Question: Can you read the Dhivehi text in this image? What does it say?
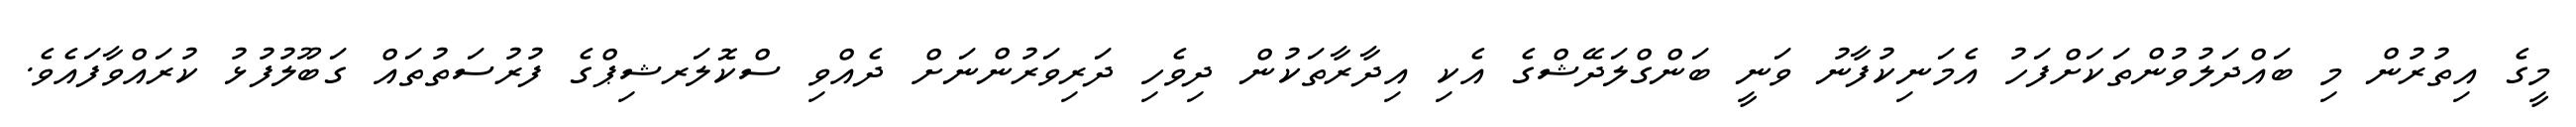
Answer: މީގެ އިތުރުން މި ބައްދަލުވުންތަކަށްފަހު އެމަނިކުފާނު ވަނީ ބަންގްލަދޭޝްގެ އެކި އިދާރާތަކުން ދިވެހި ދަރިވަރުންނަށް ދެއްވި ސްކޮލަރޝިޕްގެ ފުރުސަތުތައް ގަބޫލުފުޅު ކުރައްވާފައެވެ.